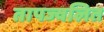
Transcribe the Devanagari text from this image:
तापज्वलित